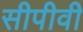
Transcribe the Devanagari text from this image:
सीपीवी